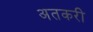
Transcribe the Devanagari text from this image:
अतकरी